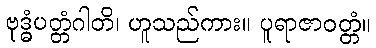
ဗုဒ္ဓံပတ္တံဂါတိ၊ ဟူသည်ကား။ ပူရာဇာဝတ္တံ။